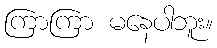
ကြာကြာ မနေပါဘူး။